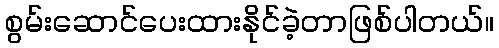
စွမ်းဆောင်ပေးထားနိုင်ခဲ့တာဖြစ်ပါတယ်။